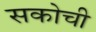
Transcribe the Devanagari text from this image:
सकोची